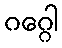
ဂဂ္ဂေါ